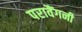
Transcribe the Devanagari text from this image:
परावैंगनी